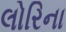
લોરિના